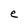
Character: e